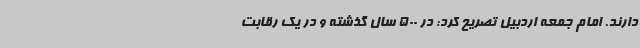
دارند. امام جمعه اردبیل تصریح کرد: در 500 سال گذشته و در یک رقابت